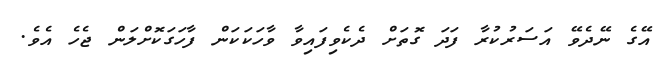
އޭގެ ނޭދެވޭ އަސަރުކުރާ ފަދަ ގޮތަށް ދެކެވިފައިވާ ވާހަކަކަން ފާހަގަކޮށްލަން ޖެހެ އެވެ.